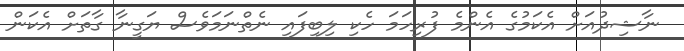
ނާޝިދުއަށް އެކަމުގެ އެންމެ ފުރިހަމަ ހެކި ލިބިފައި ނެތްނަމަވެސް ޔަގީނާ ގާތަށް އެކަން